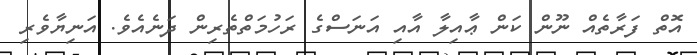
އޮތް ފަރާތެއް ނޫން ކަން ޢާއިލާ އާއި އަނަސްގެ ރަހުމަތްތެރިން ދަނެއެވެ. އަނިޔާވެރި